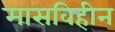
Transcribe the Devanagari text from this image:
मासविहीन